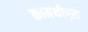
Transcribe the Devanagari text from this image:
कामथीपुरा